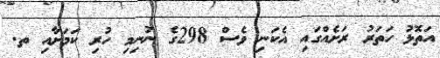
އަތޮޅު ހަތަރު ރަށެއްގައި އެކަނި ވެސް 298ގެ ނުނިމި ހުރި ކަމަށާއި ތ.